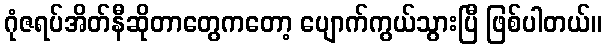
ဂုံဇရပ်အိတ်နီဆိုတာတွေကတော့ ပျောက်ကွယ်သွားပြီ ဖြစ်ပါတယ်။